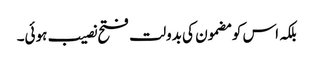
بلکہ اس کو مضمون کی بدولت فتح نصیب ہوئی۔